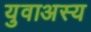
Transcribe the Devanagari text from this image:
युवाअस्य